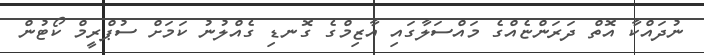
ނުދައްކާ އޮތް ދަރަންޏެއްގެ މައްސަލާގައި އާޒިމްގެ ގޮނޑި ގެއްލުނު ކަމަށް ސުޕްރީމް ކޯޓުން